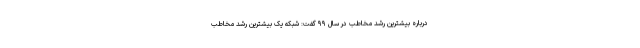
درباره بیشترین رشد مخاطب در سال ۹۹ گفت: شبکه یک بیشترین رشد مخاطب